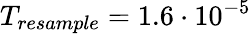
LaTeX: T_{resample}=1.6\cdot 10^{-5}